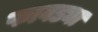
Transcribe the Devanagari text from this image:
फावड्या